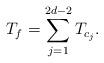
LaTeX: \begin{align*} T_f=\sum_{j=1}^{2d-2}T_{c_j}. \end{align*}